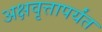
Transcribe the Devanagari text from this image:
अक्षवृत्तापर्यंत